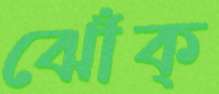
ঝোঁক্‌